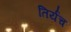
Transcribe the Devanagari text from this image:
तिर्यच